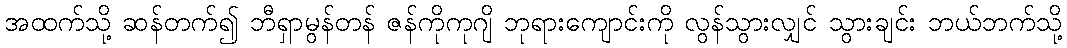
အထက်သို့ ဆန်တက်၍ ဘီရှာမွန်တန် ဇန်ကိုကုဂျိ ဘုရားကျောင်းကို လွန်သွားလျှင် သွားချင်း ဘယ်ဘက်သို့